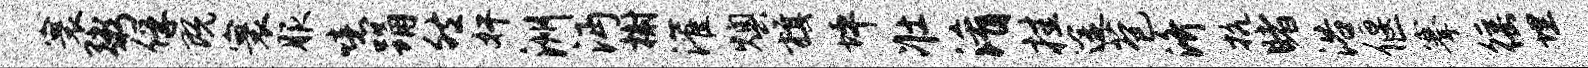
寰粥俘既寰服噫踊然奸洲沔榭灌燠旗坪壮淆挂途苞济抗睹浴偃搴徭埋